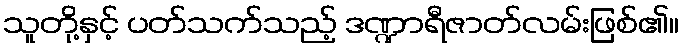
သူတို့နှင့် ပတ်သက်သည့် ဒဏ္ဍာရီဇာတ်လမ်းဖြစ်၏။